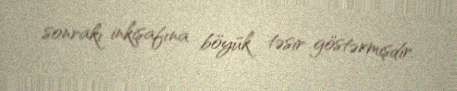
sonrakı inkişafına böyük təsir göstərmişdir.